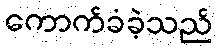
ကောက်ခံခဲ့သည်